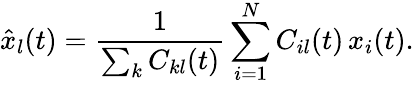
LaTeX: \hat{x}_{l}(t)=\frac{1}{\sum_{k}C_{kl}(t)}\sum_{i=1}^{N}C_{il}(t)\, x_{i}(t).